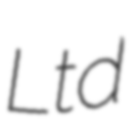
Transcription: Ltd